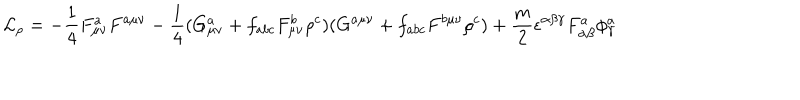
{ \cal L } _ { \rho } = - \frac { 1 } { 4 } F _ { \mu \nu } ^ { a } F ^ { a \mu \nu } - \frac { 1 } { 4 } ( G _ { \mu \nu } ^ { a } + f _ { a b c } F _ { \mu \nu } ^ { b } \rho ^ { c } ) ( G ^ { a \mu \nu } + f _ { a b c } F ^ { b \mu \nu } \rho ^ { c } ) + \frac { m } { 2 } \epsilon ^ { \alpha \beta \gamma } F _ { \alpha \beta } ^ { a } \phi _ { \gamma } ^ { a }